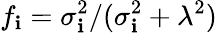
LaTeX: f_{\mathbf{i}}={\sigma_{\mathbf{i}}^{2}}/{(\sigma_{\mathbf{i}}^{2}+\lambda^{2})}